65_HS1-834228961_62-HQ-83894_Section_4
Agency: FBI
Page 45
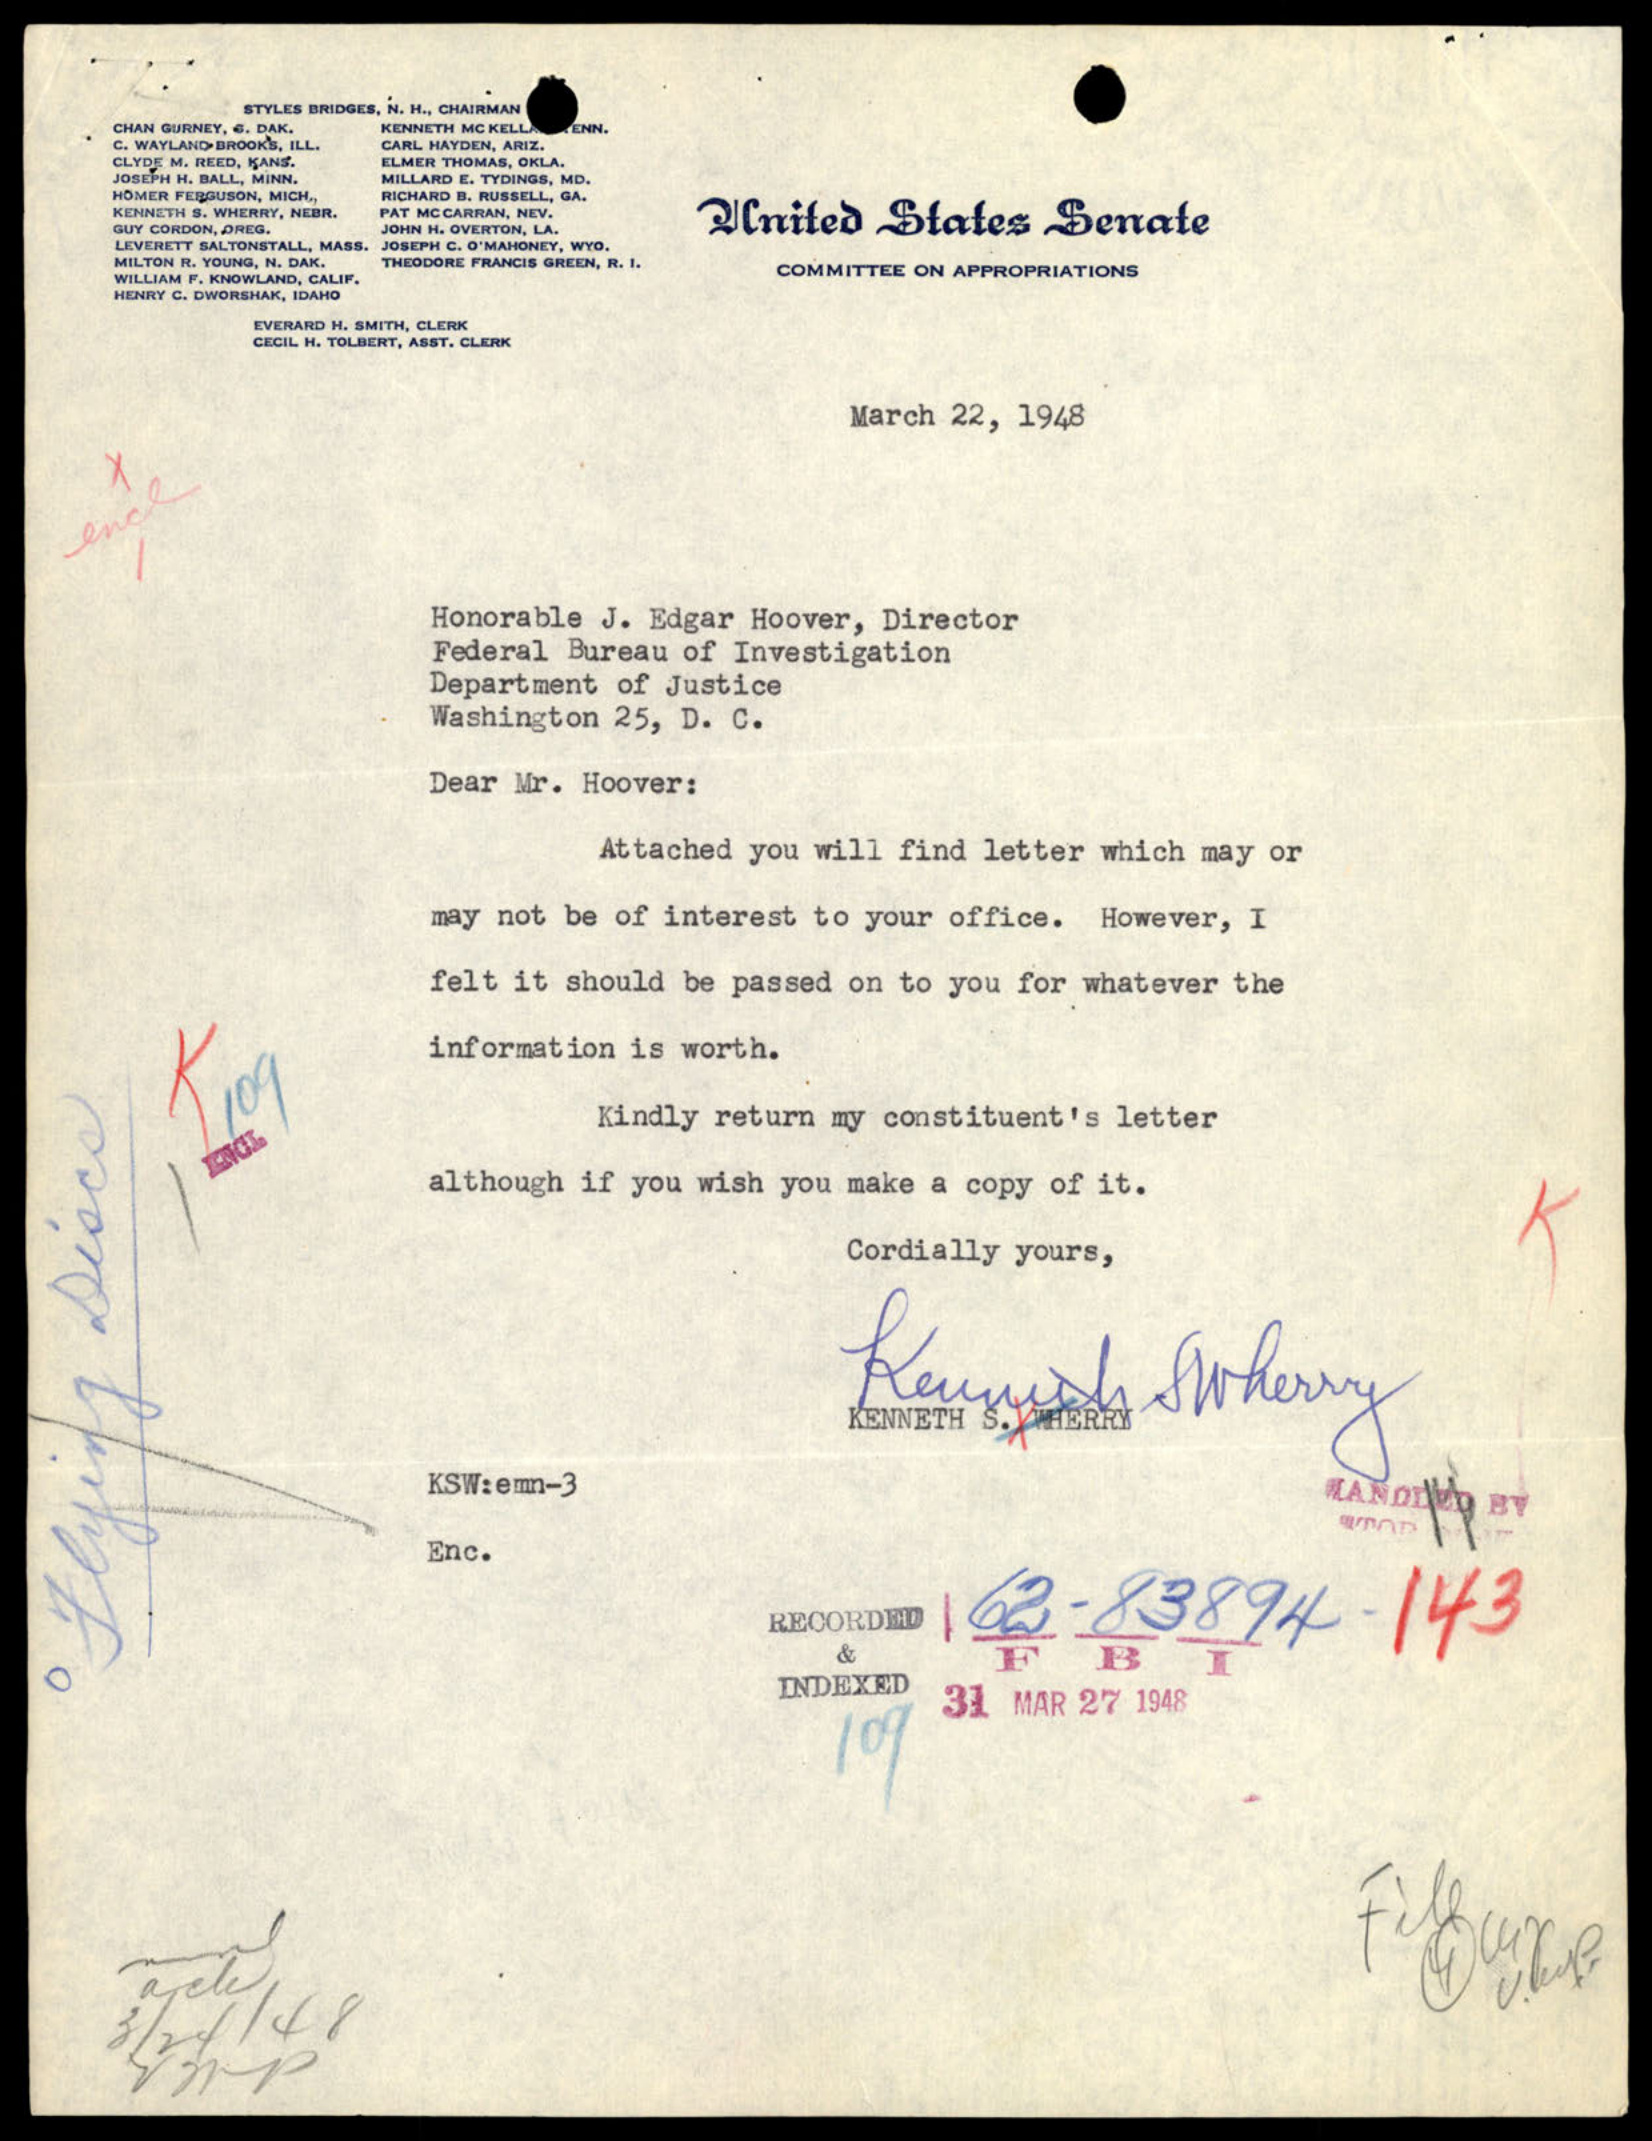